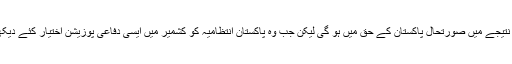
عام پاکستانی تو یہ سوچتا ہے کہ کشمیریوں کی تیس سال کی عسکری ،سیاسی اور سفارتی جدوجہد کے نتیجے میں صورتحال پاکستان کے حق میں ہو گی لیکن جب وہ پاکستان انتظامیہ کو کشمیر میں ایسی دفاعی پوزیشن اختیار کئے دیکھتا ہے کہ جس میں الٹا انڈیا کے حملے کے ہی خطرات بیان کئے جا رہے ہیں، تو وہ حیران رہ جاتا ہے۔